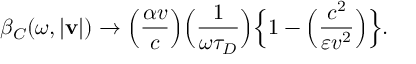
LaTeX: \beta _ { C } ( \omega , | { \bf v } | ) \to \Big ( { \frac { \alpha v } { c } } \Big ) \Big ( { \frac { 1 } { \omega \tau _ { D } } } \Big ) \Big \{ 1 - \Big ( { \frac { c ^ { 2 } } { \varepsilon v ^ { 2 } } } \Big ) \Big \} .